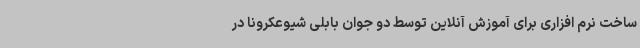
ساخت نرم افزاری برای آموزش آنلاین توسط دو جوان بابلی شیوعکرونا در